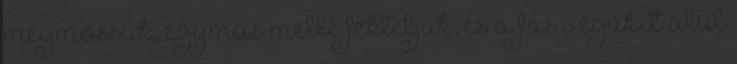
megmossuk, egymás mellé fektetjük, és a fás végüket alul